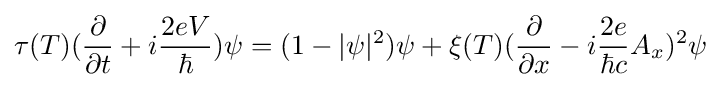
\tau (T)({\frac {\partial }{\partial t}}+i{\frac {2eV}{\hbar }})\psi =(1-|\psi |^{2})\psi +\xi (T)({\frac {\partial }{\partial x}}-i{\frac {2e}{\hbar c}}A_{x})^{2}\psi